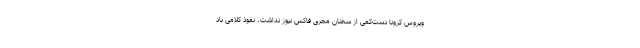
ویروس کرونا دست‌کمی از سخنان مجری فاکس نیوز نداشت، نفوذ کلامی باد